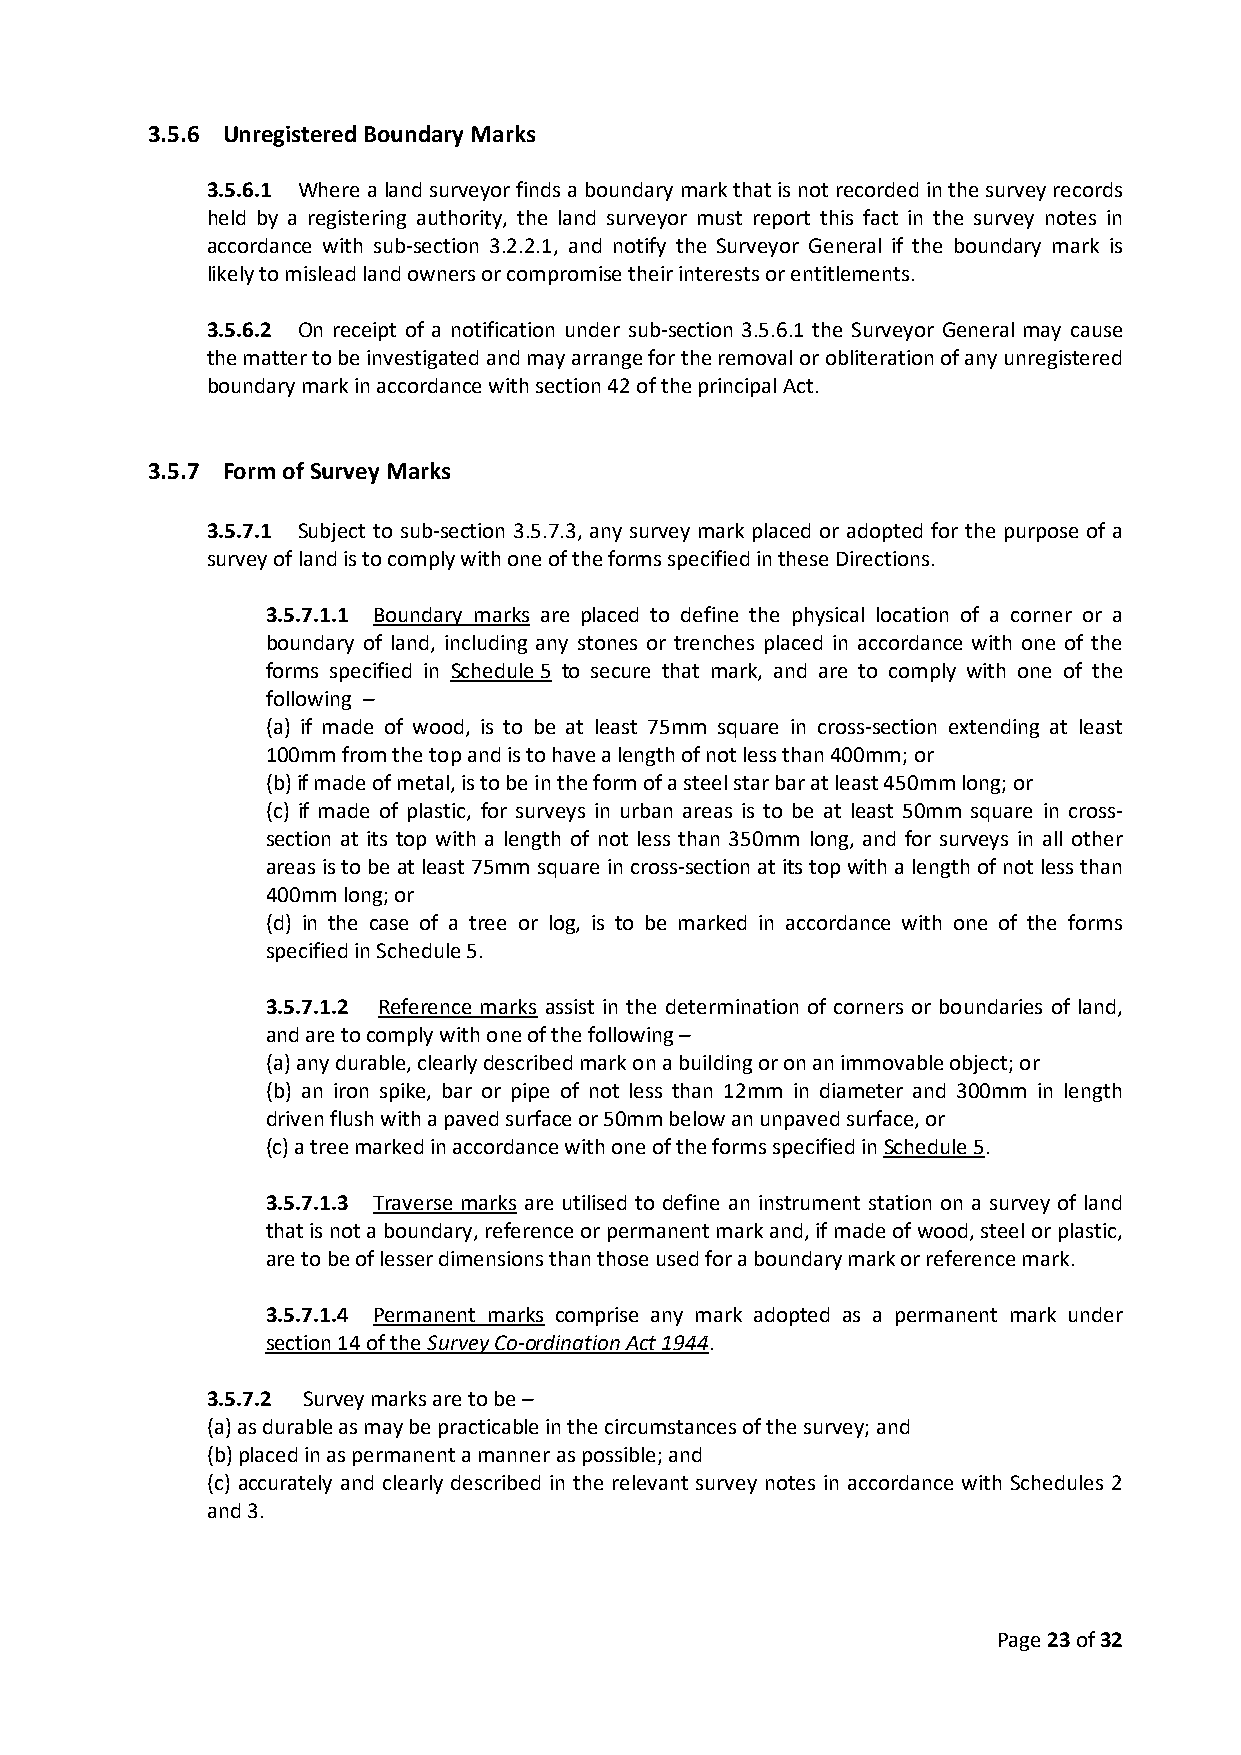
3.5.6 Unregistered Boundary Marks
 3.5.6.1 Where a land surveyor finds a boundary mark that is not recorded in the survey records
 held by a registering authority, the land surveyor must report this fact in the survey notes in
 accordance with sub-section 3.2.2.1, and notify the Surveyor General if the boundary mark is
 likely to mislead land owners or compromise their interests or entitlements.
 3.5.6.2 On receipt of a notification under sub-section 3.5.6.1 the Surveyor General may cause
 the matter to be investigated and may arrange for the removal or obliteration of any unregistered
 boundary mark in accordance with section 42 of the principal Act.
 3.5.7 Form of Survey Marks
 3.5.7.1 Subject to sub-section 3.5.7.3, any survey mark placed or adopted for the purpose of a
 survey of land is to comply with one of the forms specified in these Directions.
 3.5.7.1.1 Boundary marks are placed to define the physical location of a corner or a
 boundary of land, including any stones or trenches placed in accordance with one of the
 forms specified in Schedule 5 to secure that mark, and are to comply with one of the
 following –
 (a) if made of wood, is to be at least 75mm square in cross-section extending at least
 100mm from the top and is to have a length of not less than 400mm; or
 (b) if made of metal, is to be in the form of a steel star bar at least 450mm long; or
 (c) if made of plastic, for surveys in urban areas is to be at least 50mm square in cross-
 section at its top with a length of not less than 350mm long, and for surveys in all other
 areas is to be at least 75mm square in cross-section at its top with a length of not less than
 400mm long; or
 (d) in the case of a tree or log, is to be marked in accordance with one of the forms
 specified in Schedule 5.
 3.5.7.1.2 Reference marks assist in the determination of corners or boundaries of land,
 and are to comply with one of the following –
 (a) any durable, clearly described mark on a building or on an immovable object; or
 (b) an iron spike, bar or pipe of not less than 12mm in diameter and 300mm in length
 driven flush with a paved surface or 50mm below an unpaved surface, or
 (c) a tree marked in accordance with one of the forms specified in Schedule 5.
 3.5.7.1.3 Traverse marks are utilised to define an instrument station on a survey of land
 that is not a boundary, reference or permanent mark and, if made of wood, steel or plastic,
 are to be of lesser dimensions than those used for a boundary mark or reference mark.
 3.5.7.1.4 Permanent marks comprise any mark adopted as a permanent mark under
 section 14 of the Survey Co-ordination Act 1944.
 3.5.7.2 Survey marks are to be –
 (a) as durable as may be practicable in the circumstances of the survey; and
 (b) placed in as permanent a manner as possible; and
 (c) accurately and clearly described in the relevant survey notes in accordance with Schedules 2
 and 3.
 Page 23 of 32